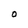
Character: O